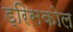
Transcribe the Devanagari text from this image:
ड्रिसकोल